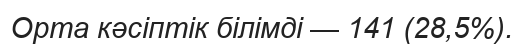
Орта кәсіптік білімді — 141 (28,5%).